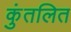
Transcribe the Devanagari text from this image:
कुंतलित